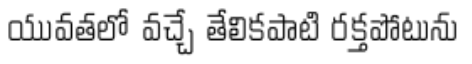
యువతలో వచ్చే తేలికపాటి రక్తపోటును